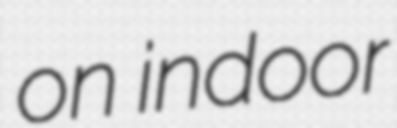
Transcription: on indoor